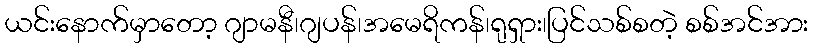
ယင်းနောက်မှာတော့ ဂျာမနီ၊ဂျပန်၊အမေရိကန်၊ရုရှား၊ပြင်သစ်စတဲ့ စစ်အင်အား